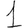
Digit: 1